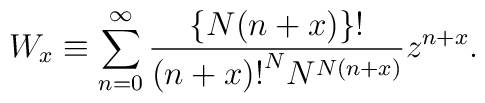
W_x \equiv \sum_{n=0}^{\infty}\frac{\{N(n+x)\}!}{{(n+x)!}^N N^{N(n+x)}}z^{n+x}.